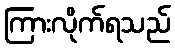
ကြားလိုက်ရသည်